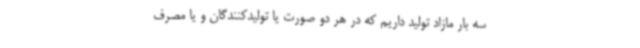
سه بار مازاد تولید داریم که در هر دو صورت یا تولیدکنندگان و یا مصرف